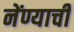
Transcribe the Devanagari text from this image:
नेंण्याची